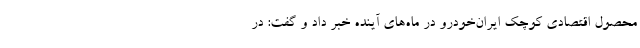
محصول اقتصادی کوچک ایران‌خودرو در ماه‌های آینده خبر داد و گفت: در